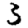
Digit: 3